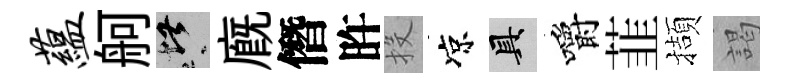
蕴舸堪廐僭旿投凉具嚼韮擷謁